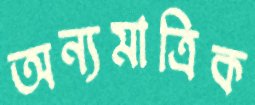
অন্যমাত্রিক